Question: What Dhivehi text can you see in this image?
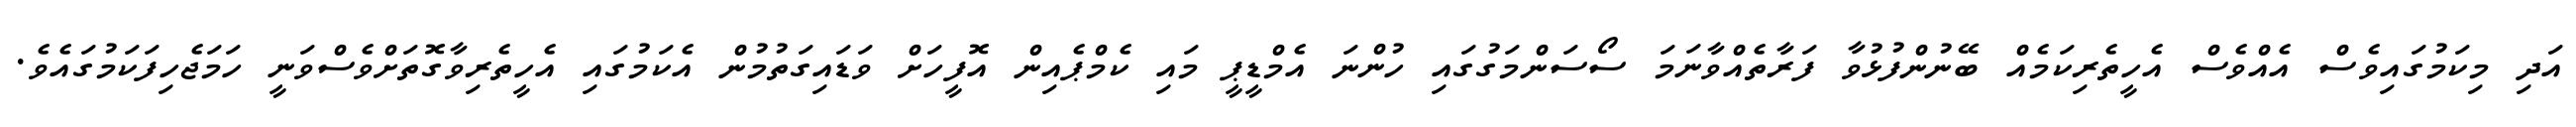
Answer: އަދި މިކަމުގައިވެސް އެއްވެސް އެހީތެރިކަމެއް ބޭނުންފުޅުވާ ފަރާތެއްވާނަމަ ސޯސަންމަގުގައި ހުންނަ އެމްޑީޕީ މައި ކެމްޕެއިން އޮފީހަށް ވަޑައިގަތުމުން އެކަމުގައި އެހީތެރިވާގޮތަށްވެސްވަނީ ހަމަޖެހިފަކަމުގައެވެ.